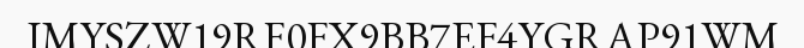
IMYSZW19RF0FX9BB7EF4YGRAP91WM